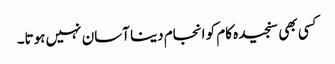
کسی بھی سنجیدہ کام کو انجام دینا آسان نہیں ہوتا۔